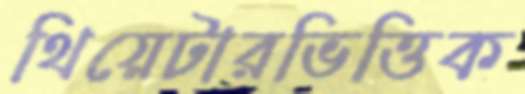
থিয়েটারভিত্তিক